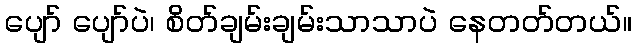
ပျော် ပျော်ပဲ၊ စိတ်ချမ်းချမ်းသာသာပဲ နေတတ်တယ်။